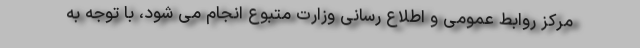
مرکز روابط عمومی و اطلاع رسانی وزارت متبوع انجام می شود، با توجه به